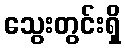
သွေးတွင်းရှိ